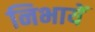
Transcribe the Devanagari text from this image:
निभायें